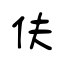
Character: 伕